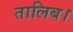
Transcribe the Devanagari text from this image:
तालिब।